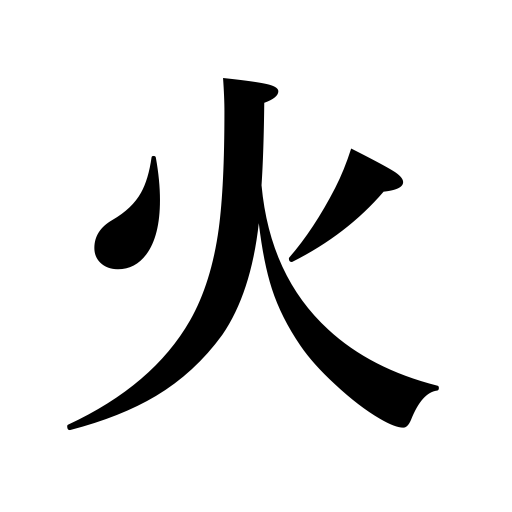
Meanings: fire,blaze,Tuesday,flame